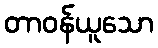
တာဝန်ယူသော